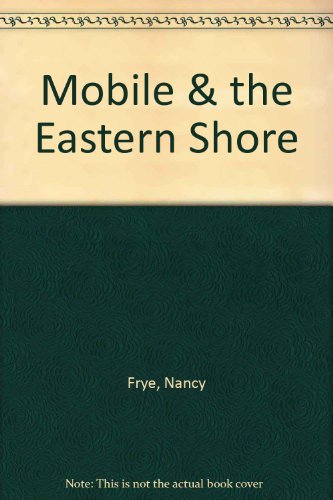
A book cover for Mobile & the Eastern Shore (Images of America (Arcadia Publishing)); Nancy Frye; Travel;